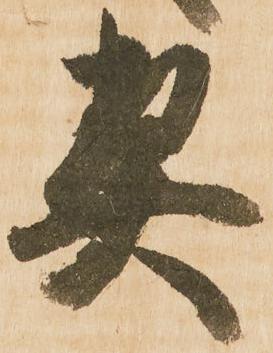
契